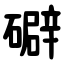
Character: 礔